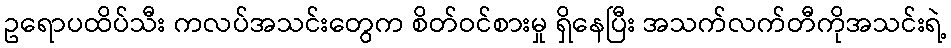
ဥရောပထိပ်သီး ကလပ်အသင်းတွေက စိတ်ဝင်စားမှု ရှိနေပြီး အသက်လက်တီကိုအသင်းရဲ့